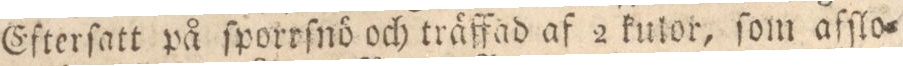
Efterſatt på ſporrſnö och träffad af 2 kulor, ſom afſlo=